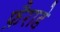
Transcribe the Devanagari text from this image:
फ़ैराडे